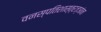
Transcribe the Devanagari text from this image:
वनस्पतिशास्त्रज्ञांना